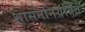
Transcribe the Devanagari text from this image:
शासननियंत्रित